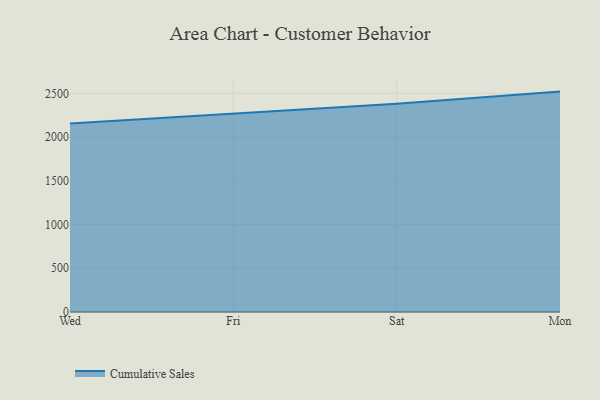
{"axis": {"x": "Day", "y": "Headcount"}, "legend": ["Cumulative Sales"], "data": [{"x": "Wed", "y": 2156.3, "type": "Cumulative Sales"}, {"x": "Fri", "y": 2271.2, "type": "Cumulative Sales"}, {"x": "Sat", "y": 2382.8, "type": "Cumulative Sales"}, {"x": "Mon", "y": 2520.4, "type": "Cumulative Sales"}]}